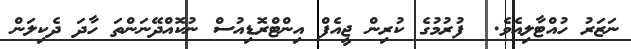
ނަޒަރު ހުއްޓާލިއެވެ.  ފުރުމުގެ ކުރިން ޖީއެފް އިންޓްރޮޑިއުސް ނުކޮއްދޭނަންތަ ހާދަ ދެކިލަން